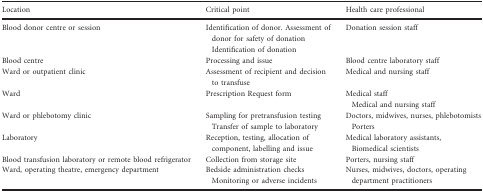
| Location | Critical point | Health care professional |
 | --- | --- | --- |
 | Blood donor centre or session | Identification of donor. Assessment of donor for safety of donation Identification of donation | Donation session staff |
 | Blood centre | Processing and issue | Blood centre laboratory staff |
 | Ward or outpatient clinic | Assessment of recipient and decision to transfuse | Medical and nursing staff |
 | Ward | Prescription Request form | Medical staff Medical and nursing staff |
 | Ward or phlebotomy clinic | Sampling for pretransfusion testing Transfer of sample to laboratory | Doctors, midwives, nurses, phlebotomists Porters |
 | Laboratory | Reception, testing, allocation of component, labelling and issue | Medical laboratory assistants, Biomedical scientists |
 | Blood transfusion laboratory or remote blood refrigerator | Collection from storage site | Porters, nursing staff |
 | Ward, operating theatre, emergency department | Bedside administration checks Monitoring or adverse incidents | Nurses, midwives, doctors, operating department practitioners |